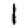
Digit: 1